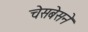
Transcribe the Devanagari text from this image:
चेसबेसने